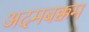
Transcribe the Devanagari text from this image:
अदमबक्कम